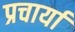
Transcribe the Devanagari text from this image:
प्रचार्या